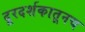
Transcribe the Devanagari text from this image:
दूरदर्शकातूनच